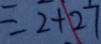
= 2 + 2 7